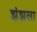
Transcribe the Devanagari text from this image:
झंझला